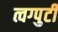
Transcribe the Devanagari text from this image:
त्वग्पुटी